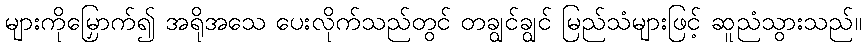
များကိုမြှောက်၍ အရိုအသေ ပေးလိုက်သည်တွင် တချွင်ချွင် မြည်သံများဖြင့် ဆူညံသွားသည်။